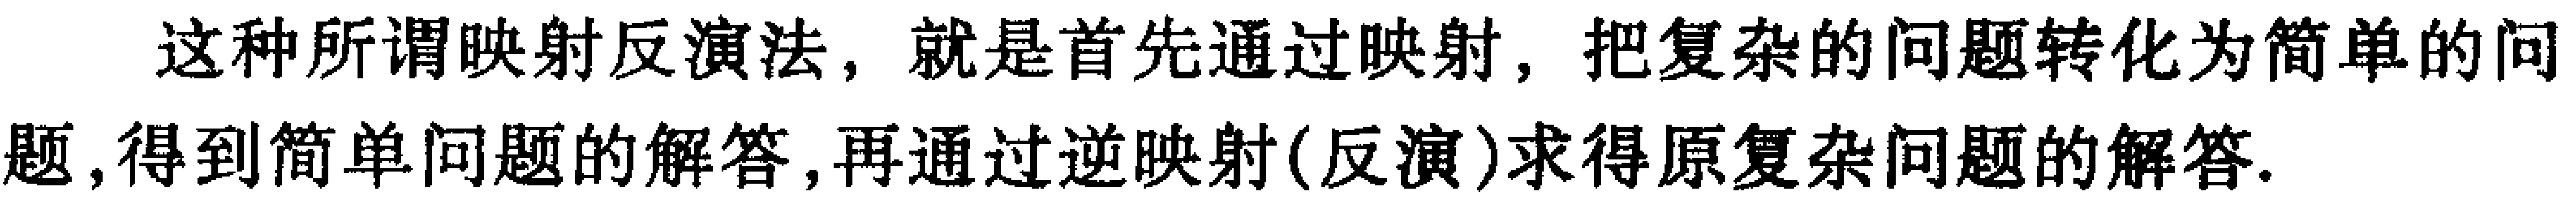
这种所谓映射反演法，就是首先通过映射，把复杂的问题转化为简单的问题,得到简单问题的解答,再通过逆映射(反演)求得原复杂问题的解答.